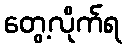
တွေ့လိုက်ရ